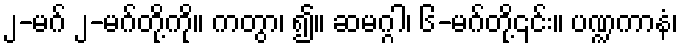
၂-မဂ် ၂-မဂ်တို့ကို။ ကတွာ၊ ၍။ ဆမဂ္ဂါ၊ ၆-မဂ်တို့၎င်း။ ပဏ္ဍကာနံ၊